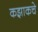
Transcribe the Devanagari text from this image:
कझाकचे